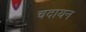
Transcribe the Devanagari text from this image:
चदायन